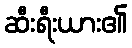
ဆီးရီးယား၏